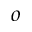
^ o